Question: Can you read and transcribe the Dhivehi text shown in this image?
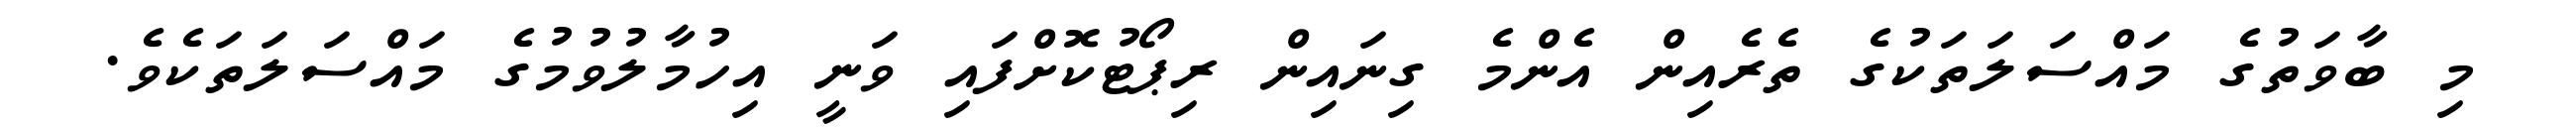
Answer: މި ބާވަތުގެ މައްސަލަތަކުގެ ތެރެއިން އެންމެ ގިނައިން ރިޕޯޓުކޮށްފައި ވަނީ އިހުމާލުވުމުގެ މައްސަލަތަކެވެ.